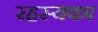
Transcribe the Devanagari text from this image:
रहस्यका